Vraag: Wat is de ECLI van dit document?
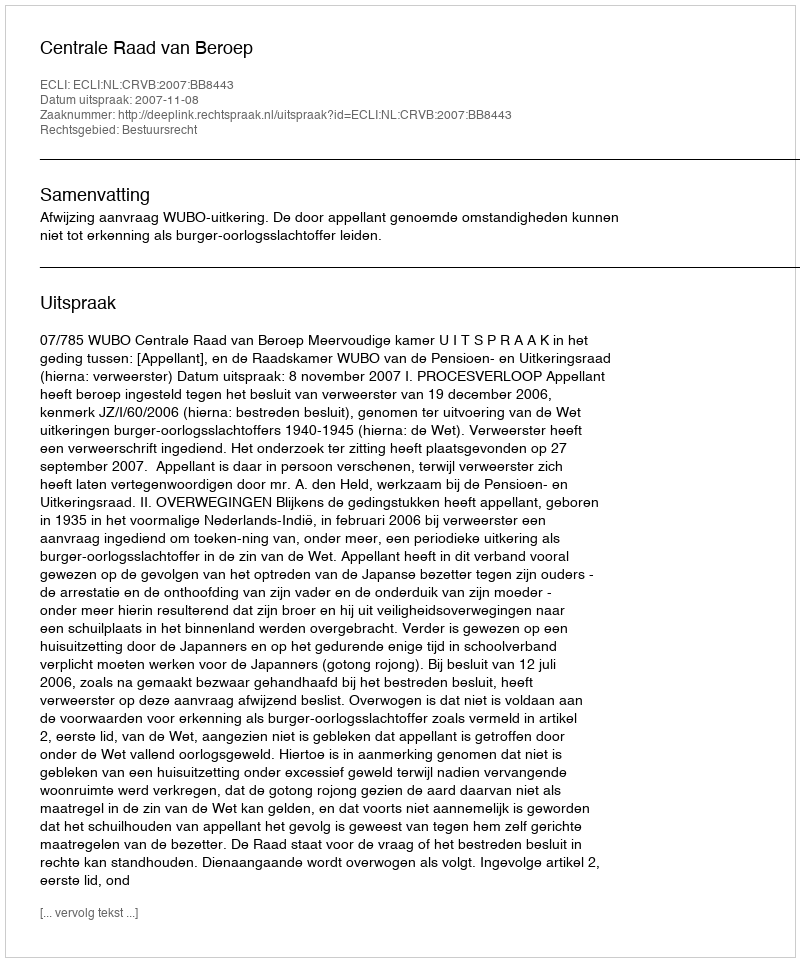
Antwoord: ECLI:NL:CRVB:2007:BB8443